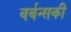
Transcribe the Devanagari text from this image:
वर्बन्सकी